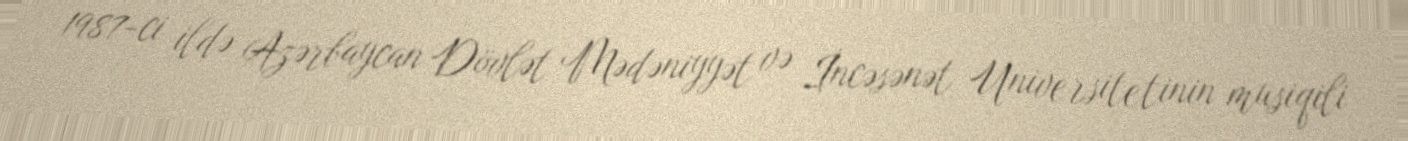
1987-ci ildə Azərbaycan Dövlət Mədəniyyət və İncəsənət Universitetinin musiqili